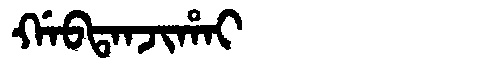
Manchu: ᡤᠠᠪᡨᠠᠨᠵᡳᡥᠠᡳ
Romanization: GABTANJIHAI